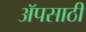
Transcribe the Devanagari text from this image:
अॅपसाठी